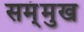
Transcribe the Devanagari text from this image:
सम्ंमुख